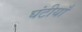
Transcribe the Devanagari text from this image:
घंटीयाँ